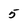
Character: 5